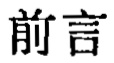
前言